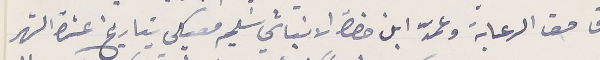
حق الرعاية وعمّد ابن حضرة الانباشي سَليم معيكي بتاريخ عشرة الشهر